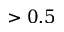
> 0 . 5